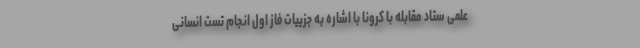
علمی ستاد مقابله با کرونا با اشاره به جزییات فاز اول انجام تست انسانی